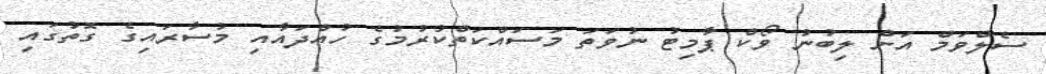
ސެލްވަމް އަށް ލިބުނު ވޯކް ޕާމިޓު ނުވަތަ މަސައްކަތްކުރުމުގެ ހުއްދައާއި މުސާރައިގެ ގޮތުގައި